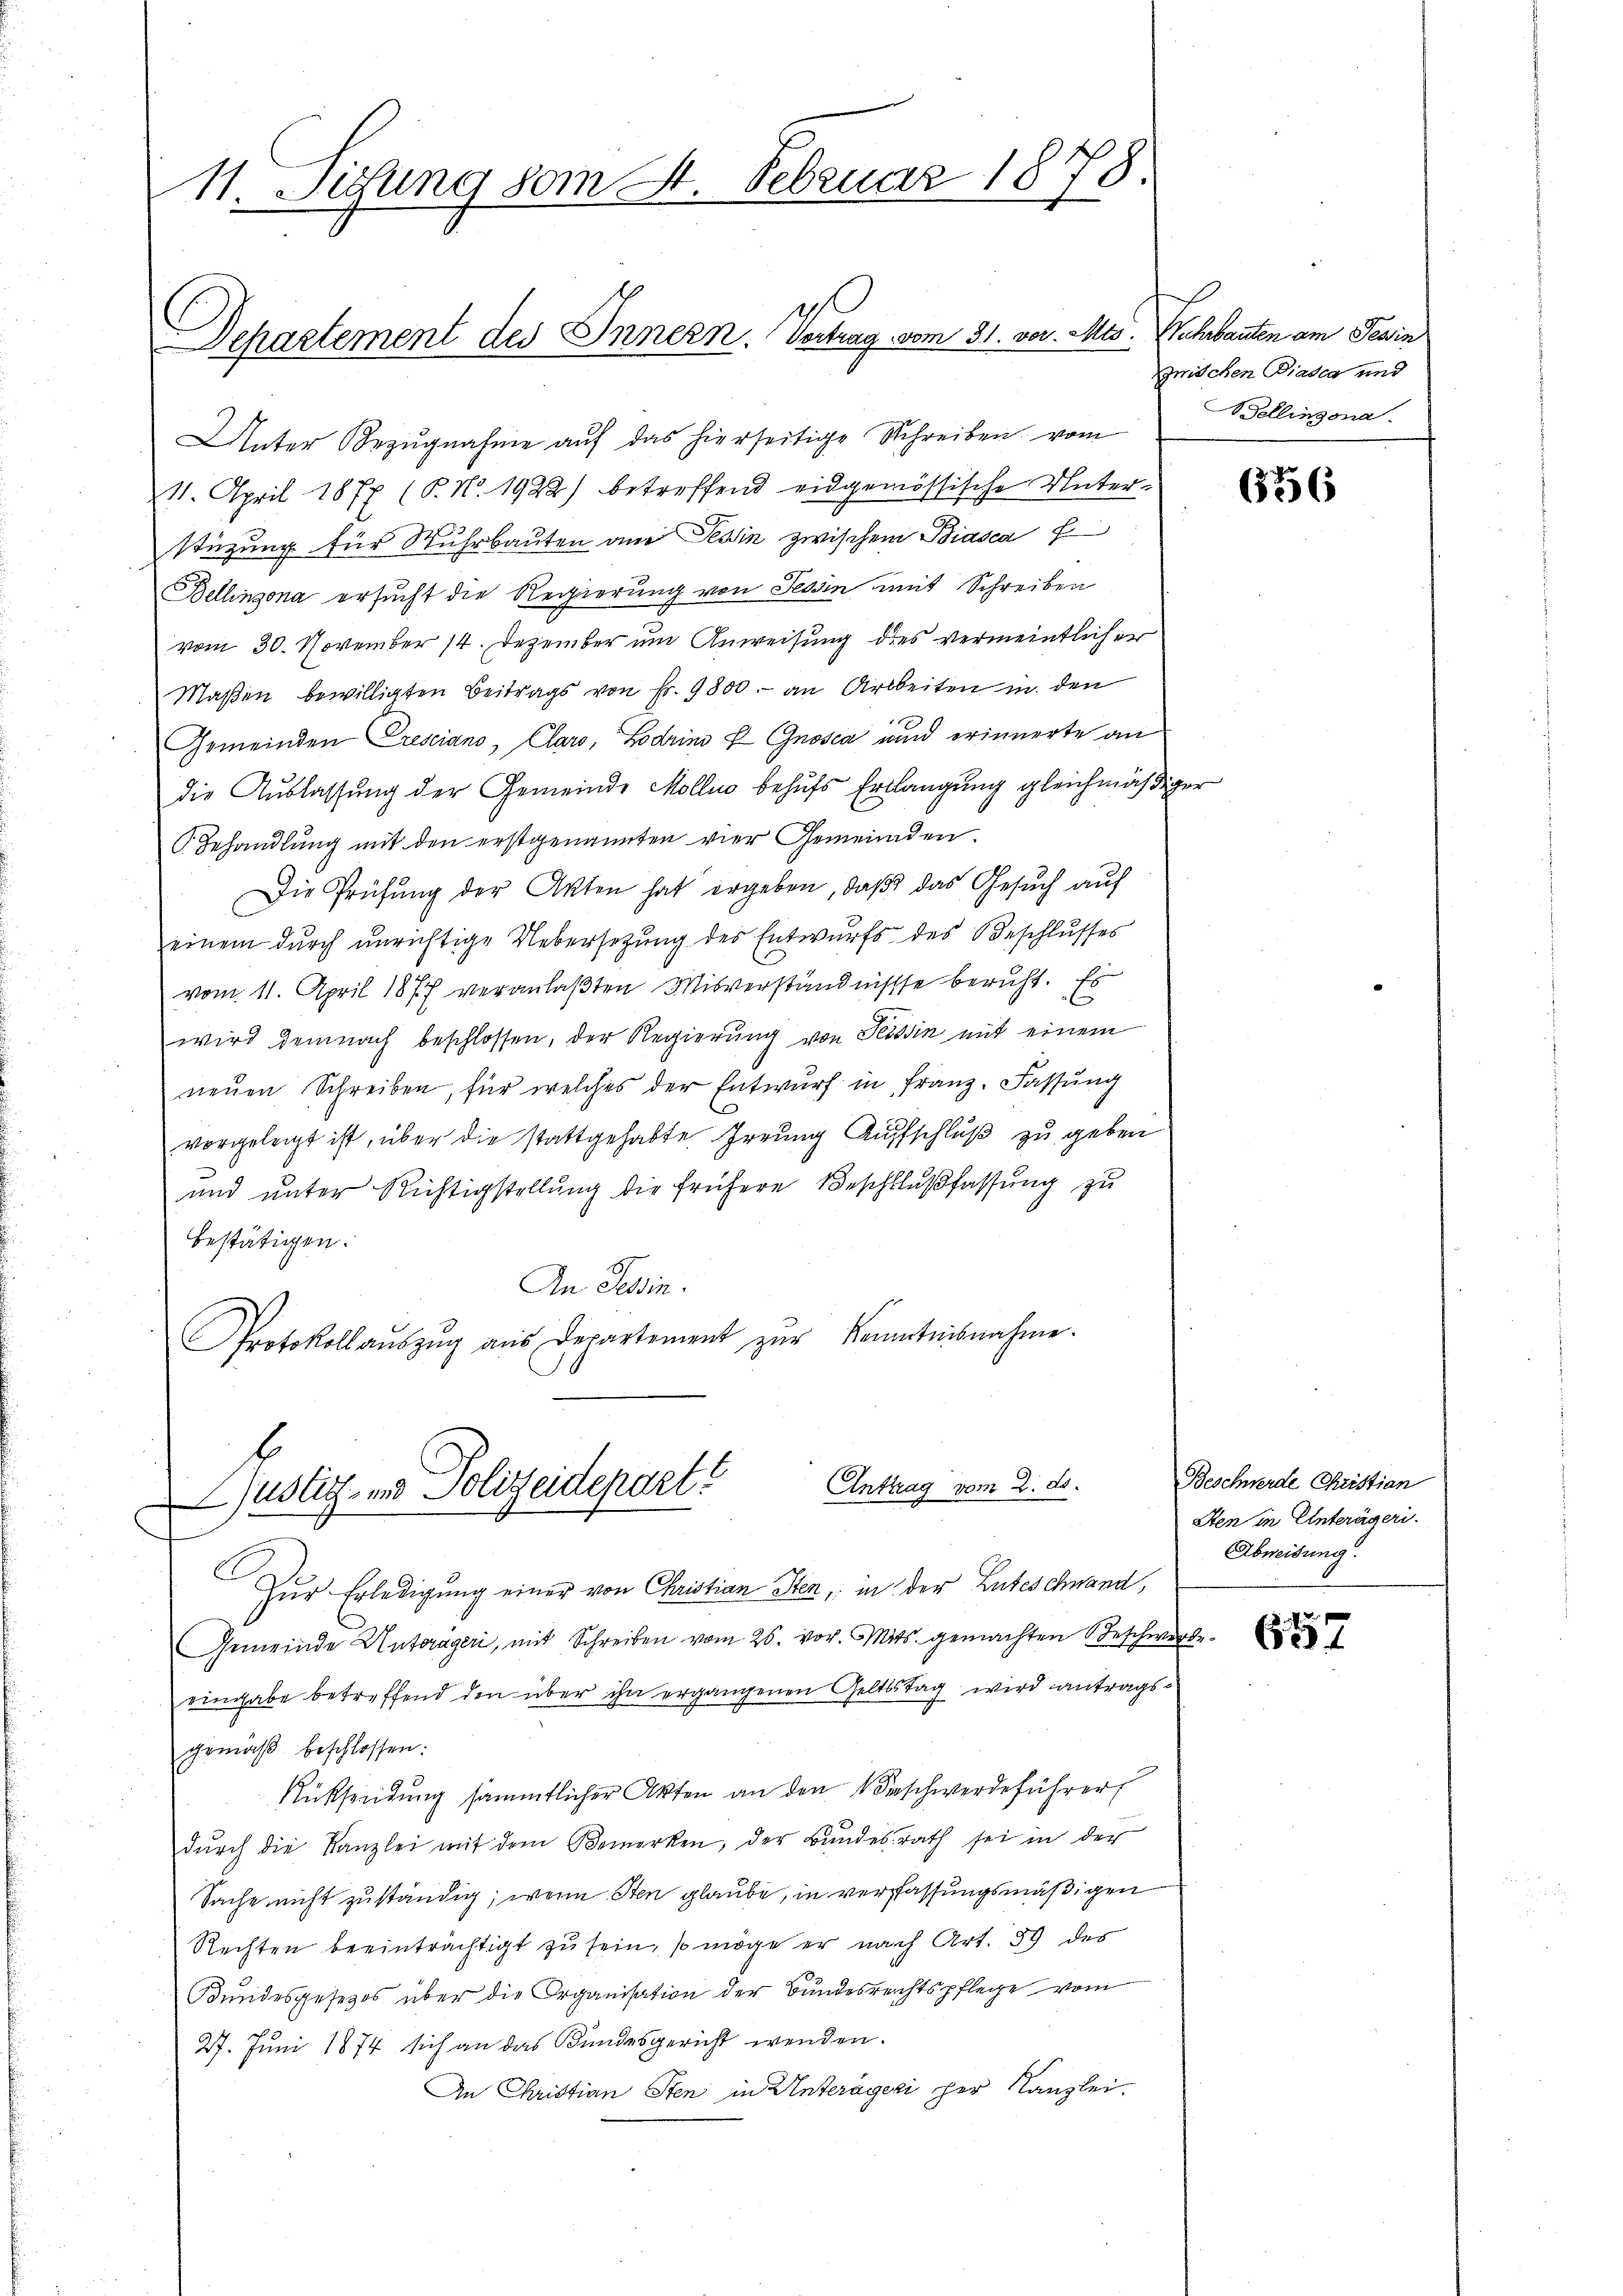
11 Situng vom 4. Februar 1878.

Dchartement des Innern. Vertrag vom 31. vor. Mts.

Unter Bezugnahme auf das hierseitige Schreiben vom
11. April 1877 (P. Nr. 1922) betreffend eidgenössische Unterstüzung für Muhrbauten am Tessin zwischen Biasca f
Bellinzona ersucht die Regierung von Tessin mit Schreiben
vom 30. November 14. Dezember um Anweisung des vermeintlicher
Maßen bewilligten Beitrags von Fr. 9800. an Arbeiten in den
Gemeinden Presciano, Clars, Lodrini P Gnosca und erinnerte an
die Auslassung der Gemeinde Mollin behufs Erklangung gleichmäßiger
Behandlung mit den erstgenannten vier Gemeinden.
Die Prüfung der Akten hat ergeben, daß das Gesuch auf
einem durch unrichtige Uebersetzung des Entwurfs des Beschlusses
vom 11. April 1877 veranlaßten Misverständnisse beruht. Es
wird demnach beschlossen, der Regierung von Tessin mit einem
neŭen Schreiben, für welches der Entwŭrf in Franz. Fassung
vorgelegt ist, über die stattgehabte Irrung Aufschluß zu geben
und unter Richtigstellung die frühere Beschlußfassung zu
bestätigen.
An Tessin.
Protokoll aŭszŭg aŭs Departement zŭr Kenntnisnahme.
Anttrag vom 2. ds.
Justiz- und Polizeidepart
A
Zur Erledigung einer von Christian Sten, in der Luteschwand,
Gemeinde Untergeri, mit Schreiben vom 26. vor. Mts. gemachten Beschwerde
eingabe betreffend den über ihn ergangenen Geltstag wird antragsgemäβ beschlossen:
3
Rüksendung sämmtlicher Akten an den Verschwerdeführer
dŭrch die Kanzlei mit dem Bemerken, der Bundesrath sei in der
Sache nicht zuständig, wenn Sten glaube, in verfassungsmäßigen
Rechten beeinträchtigt zu sein, so möge er nach Art. 59 des
Bundesgesetzes über die Organisation der Bundesrechtspflege vom
27. Juni 1874 sich an das Bundesgericht wenden.
An Christian Sten in Unterägeri per Kanzlei.

Wehbauten am Gewin
wischen Biasca und
Bellinzona.

656

Beschwerde Christian
Sten in Unterägeri.
Abweisung.